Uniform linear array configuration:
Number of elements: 48
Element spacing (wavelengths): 0.5
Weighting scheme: blackman
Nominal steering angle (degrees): -45
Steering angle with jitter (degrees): -43.227
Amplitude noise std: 0.05
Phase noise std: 0.05

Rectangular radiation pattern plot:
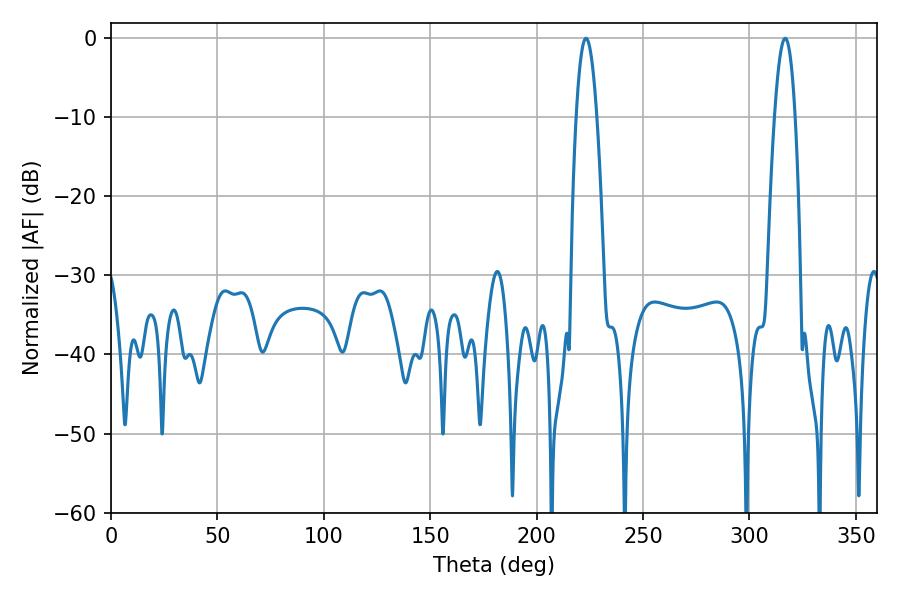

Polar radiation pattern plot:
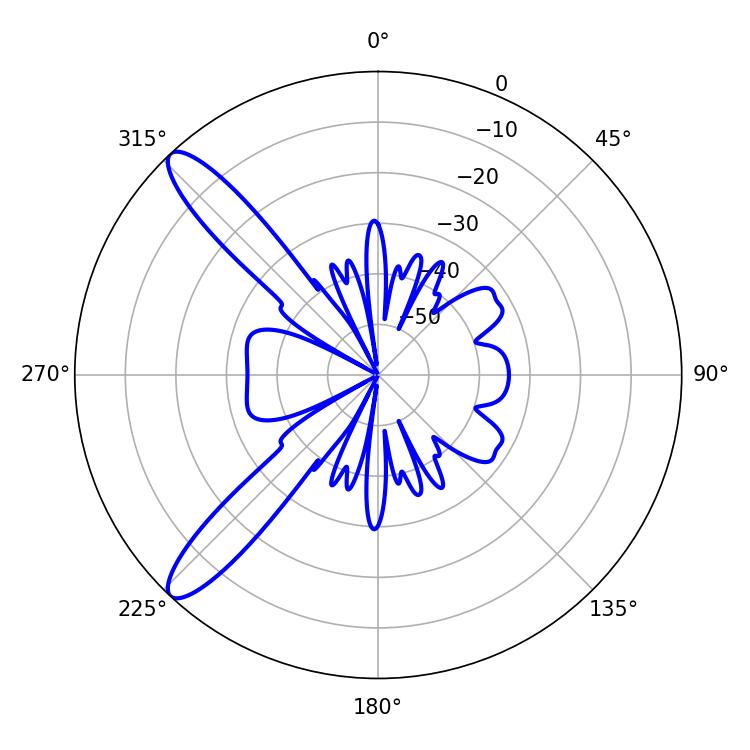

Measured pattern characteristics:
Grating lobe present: FALSE
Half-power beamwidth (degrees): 5.22
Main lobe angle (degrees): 223.2